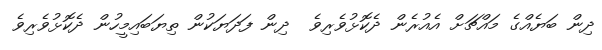
ދިން ބަޔެއްގެ މައްޗަށް އެއުރެން ދެކޮޅުވެރިވެ  ދިން ފަދަޔަކުން ތިޔަބައިމީހުން ދެކޮޅުވެރިވެ